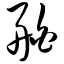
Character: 舶